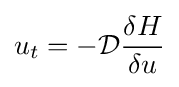
u_{t}=-{\mathcal {D}}{\frac {\delta H}{\delta u}}